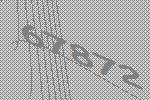
67872